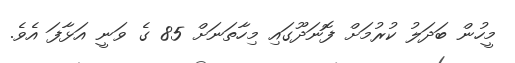
މީހުން ބަދަލު ކުރުމަށް ފޮނަދޫގައި މިހާތަނަށް 85 ގެ ވަނީ އަޅާފަ އެވެ.